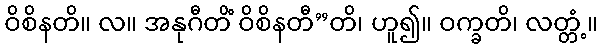
ဝိစိနတိ။ လ။ အနုဂီတိံ ဝိစိနတီ”တိ၊ ဟူ၍။ ဝက္ခတိ၊ လတ္တံ့။